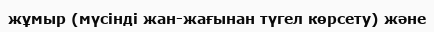
жұмыр (мүсінді жан-жағынан түгел көрсету) және